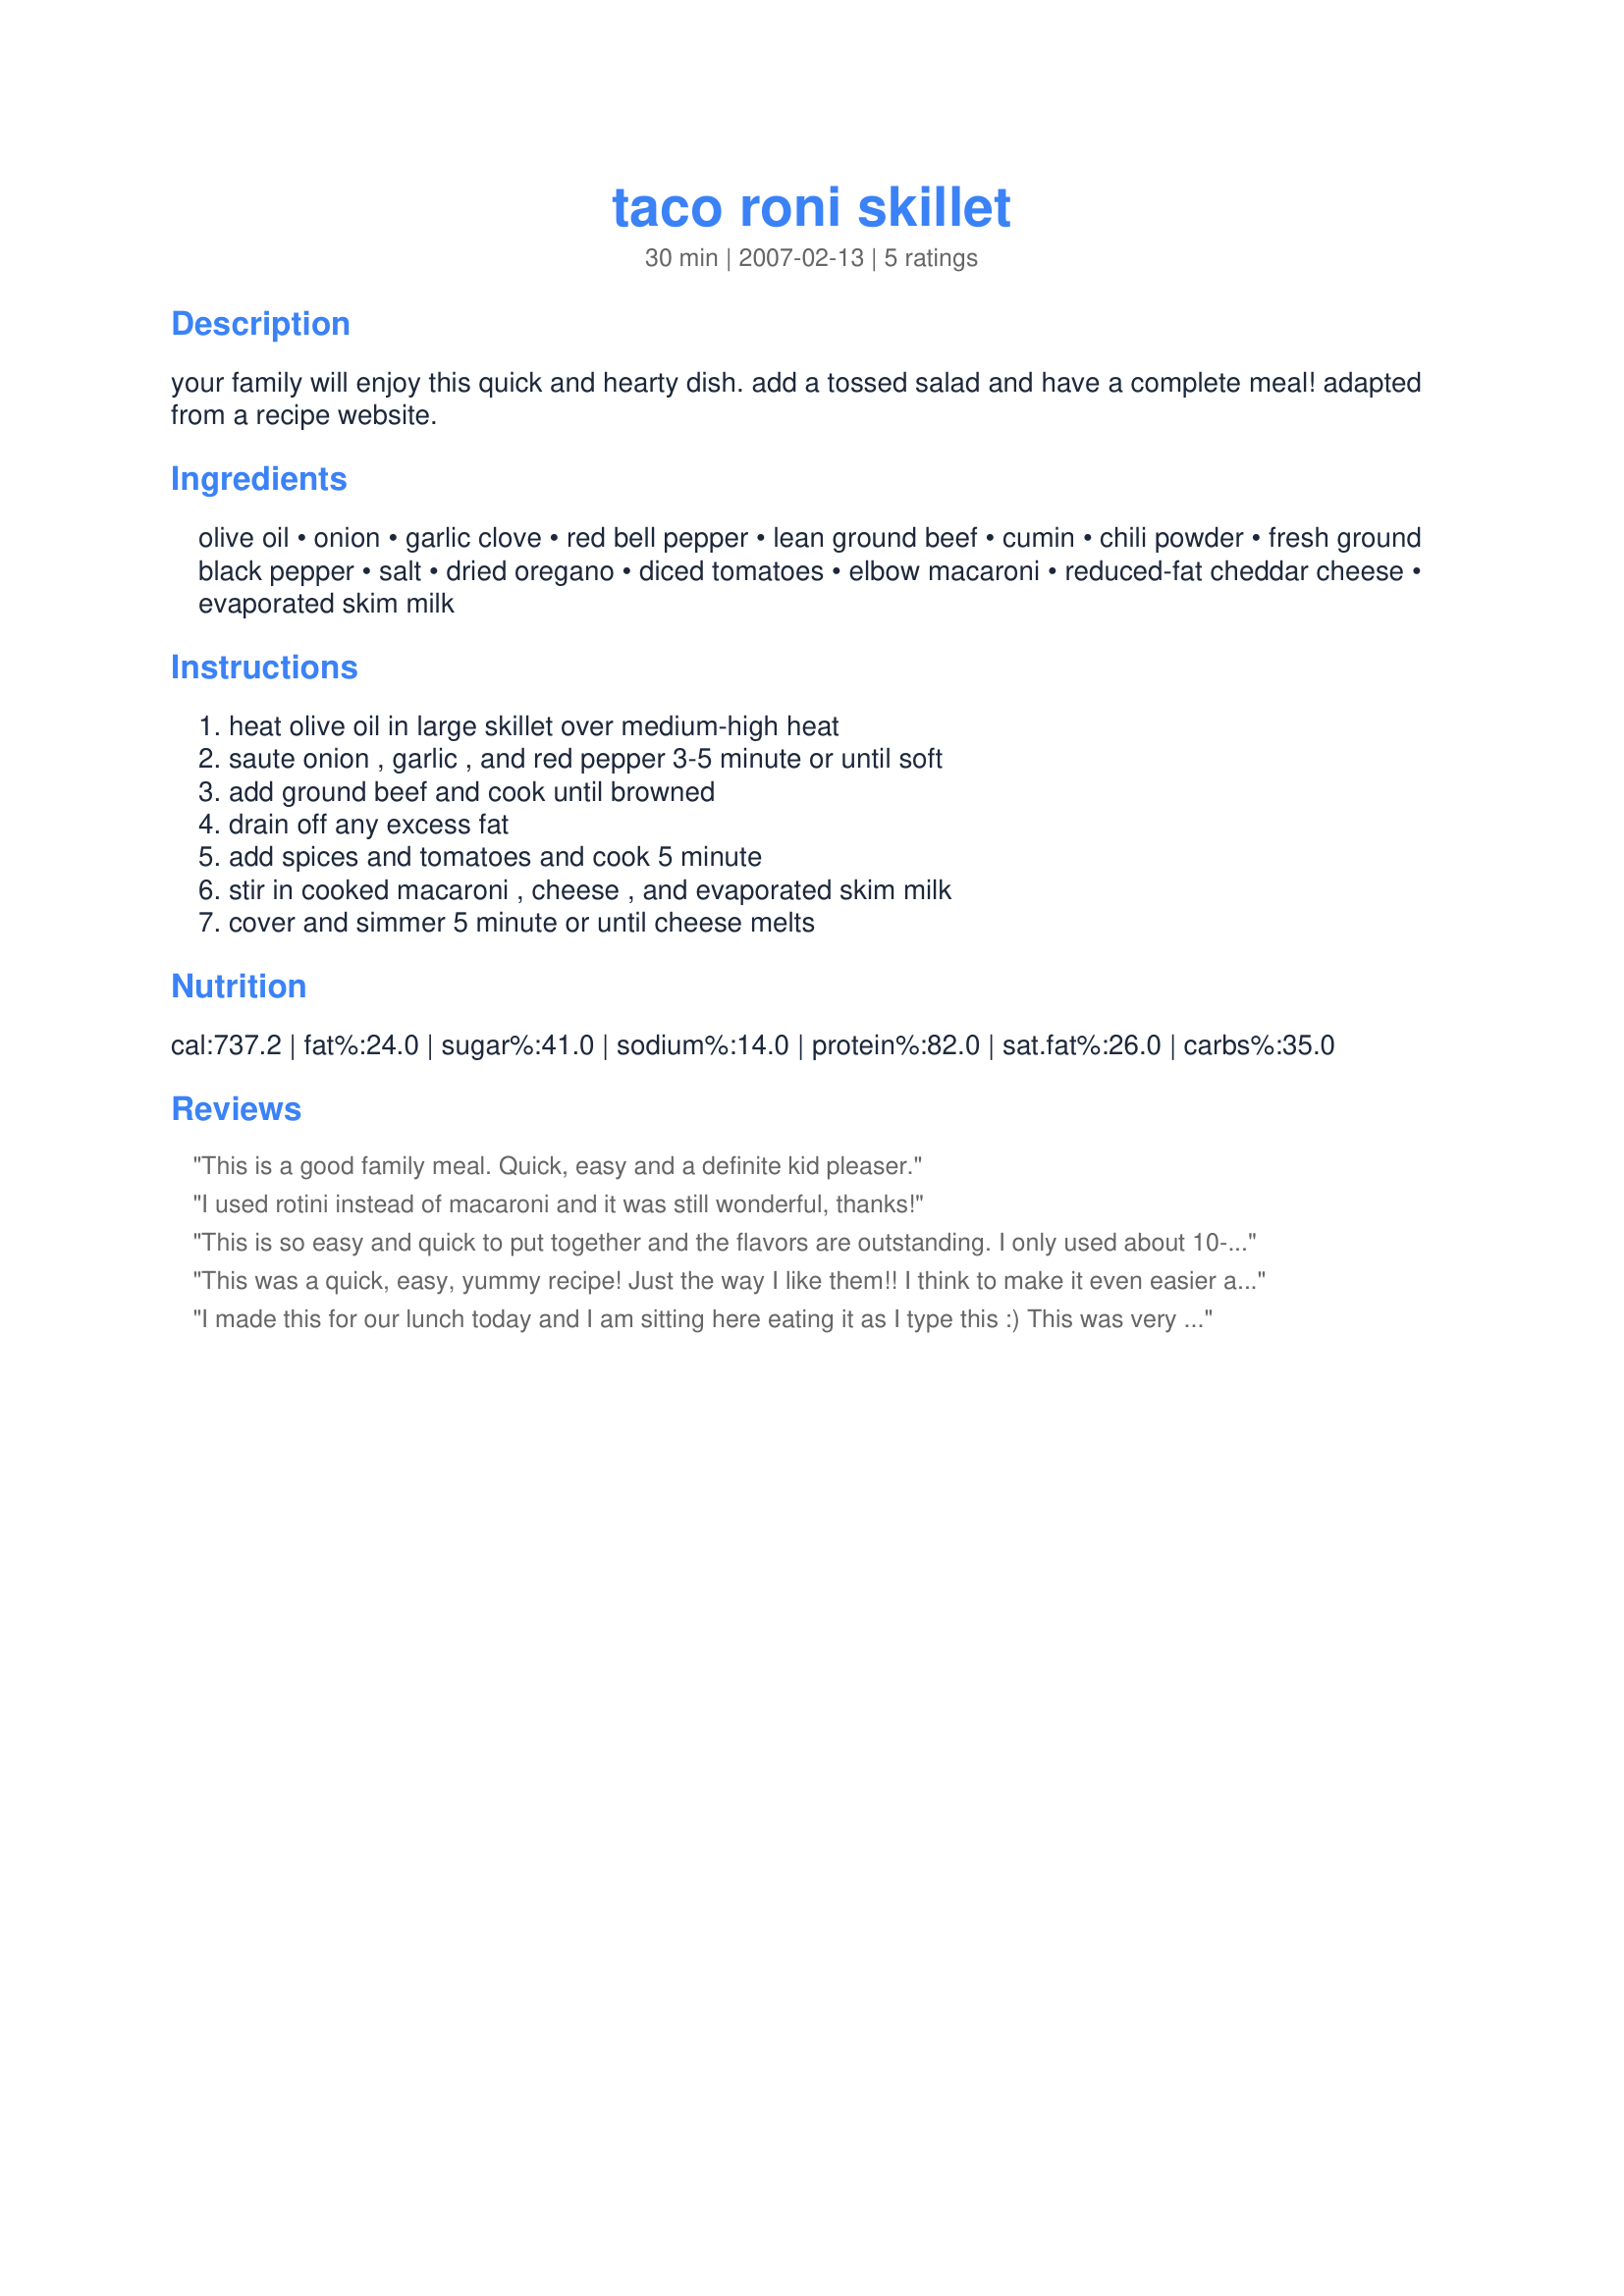
taco roni skillet
Preparation time: 30 minutes

your family will enjoy this quick and hearty dish. add a tossed salad and have a complete meal! adapted from a recipe website.

Ingredients:
olive oil, onion, garlic clove, red bell pepper, lean ground beef, cumin, chili powder, fresh ground black pepper, salt, dried oregano, diced tomatoes, elbow macaroni, reduced-fat cheddar cheese, evaporated skim milk

Steps:
heat olive oil in large skillet over medium-high heat, saute onion , garlic , and red pepper 3-5 minute or until soft, add ground beef and cook until browned, drain off any excess fat, add spices and tomatoes and cook 5 minute, stir in cooked macaroni , cheese , and evaporated skim milk, cover and simmer 5 minute or until cheese melts

Reviews:
This is a good family meal. Quick, easy and a definite kid pleaser.
I used rotini instead of macaroni and it was still wonderful, thanks!
This is so easy and quick to put together and the flavors are outstanding. I only used about 10-12 oz of the elbow macaroni and that seemed to be plenty. Added some crushed red pepper flakes to spice it up a little and used Rotel tomatoes for the diced tomatoes. Made a nice combination. Thanks for sharing.
This was a quick, easy, yummy recipe! Just the way I like them!! I think to make it even easier and a bit more flavorful, next time I'll used packaged taco seasoning instead of the chili powder, cumin, etc. I'll probably add a bit of sour cream and some shredded lettuce to the top of each serving as well just to make it more taco-y! Thanks for a great recipe! I know we'll be eating this often!
I made this for our lunch today and I am sitting here eating it as I type this :) This was very easy to put together and tastes great. I think that next time I will add some salsa or chilies just to make it a little more spicy. I also found that I only needed 1/2 of a box of elbows. This is great recipe for those nights or days you need dinner on the table fast. Thanks for posting!!!
